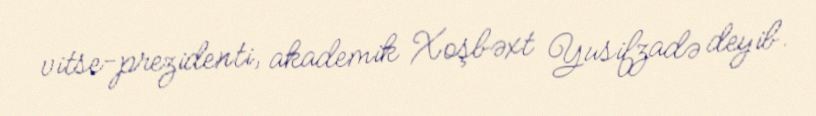
vitse-prezidenti, akademik Xoşbəxt Yusifzadə deyib.